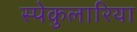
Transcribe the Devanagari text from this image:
स्पेकुलारिया